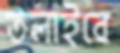
তলাইবে